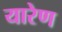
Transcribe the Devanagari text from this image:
यारेण